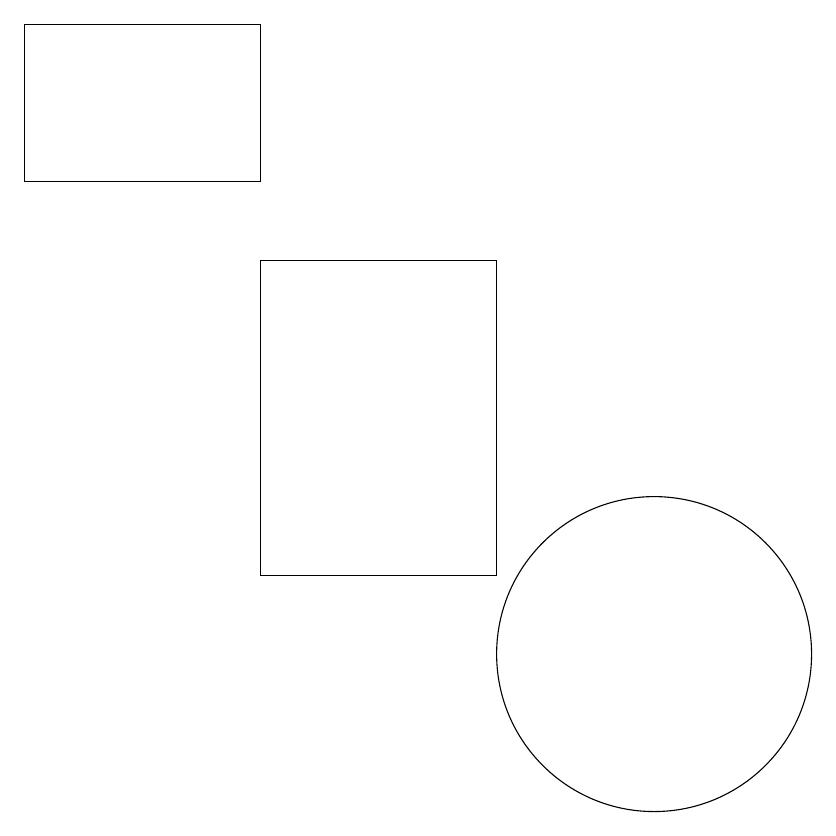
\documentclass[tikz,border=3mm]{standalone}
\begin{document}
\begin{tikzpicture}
\draw (6,16) rectangle (9,12);
\draw (11,11) circle (2);
\draw (3,19) rectangle (6,17);
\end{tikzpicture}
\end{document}